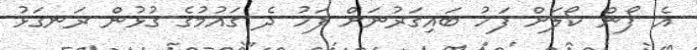
އެ ފޯން ކޯލަށް ފަހު ބައިގަރުނަށް ފަހު ދެ ގައުމުގެ ގުޅުން ރަނގަޅު